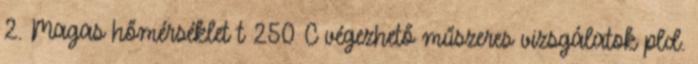
2. Magas hőmérséklet t 250°C végezhető műszeres vizsgálatok pld.